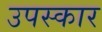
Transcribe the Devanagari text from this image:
उपस्‍कार